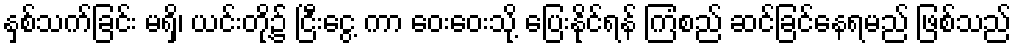
နှစ်သက်ခြင်း မရှိ၊ ယင်းတို့၌ ငြီးငွေ့ ကာ ဝေးဝေးသို့ ပြေးနိုင်ရန် ကြံစည် ဆင်ခြင်နေရမည် ဖြစ်သည်